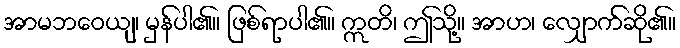
အာမဘဝေယျ၊ မှန်ပါ၏။ ဖြစ်ရာပါ၏။ ဣတိ၊ ဤသို့။ အာဟ၊ လျှောက်ဆို၏။